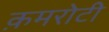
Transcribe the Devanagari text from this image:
क़मरोटी